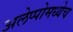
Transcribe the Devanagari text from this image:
अलेप्पोमध्येच